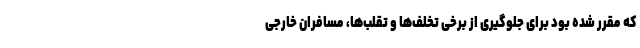
که مقرر شده بود برای جلوگیری از برخی تخلف‌ها و تقلب‌ها، مسافران خارجی